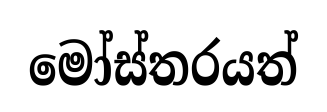
මෝස්තරයත්